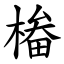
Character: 㮥